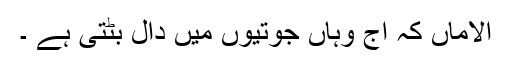
الاماں کہ اج وہاں جوتیوں میں دال بٹتی ہے ۔